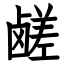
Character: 鹾